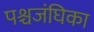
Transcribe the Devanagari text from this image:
पश्चजंघिका